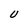
Character: U